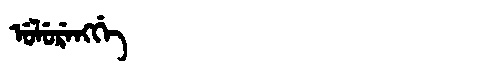
Manchu: ᡠᠯᡠᡵᡝᠩᡤᡝ
Romanization: ULURENGGE